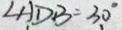
\angle A D B = 3 0 ^ { \circ }